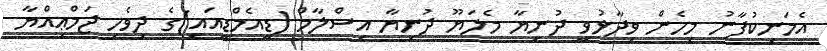
އެމަނިކުފާނު މިހެން ވިދާޅުވީ ދުނިޔާ މެލަޔޫ ދުނިޔާ އިސްލާމް (ޑީއެމްޑީއައި)ގެ ދިވެހި ޖަމްޢިއްޔާ